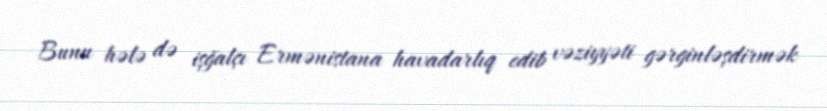
Bunu hələ də işğalçı Ermənistana havadarlıq edib vəziyyəti gərginləşdirmək